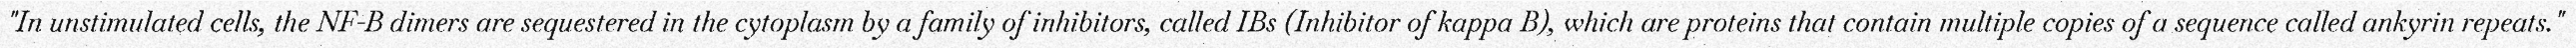
"In unstimulated cells, the NF-B dimers are sequestered in the cytoplasm by a family of inhibitors, called IBs (Inhibitor of kappa B), which are proteins that contain multiple copies of a sequence called ankyrin repeats."